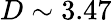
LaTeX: D\sim 3.47